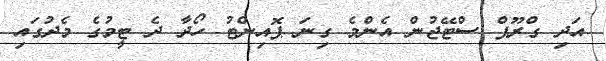
އަދި ގްރޫޕް ސްޓޭޖުން އެންމެ ގިނަ ޕޮއިންޓު ހޯދާ ދެ ޓީމުގެ މެދުގައި